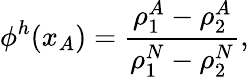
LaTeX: \phi^{h}(x_{A})=\frac{\rho_{1}^{A}-\rho_{2}^{A}}{\rho_{1}^{N}-\rho_{2}^{N}},